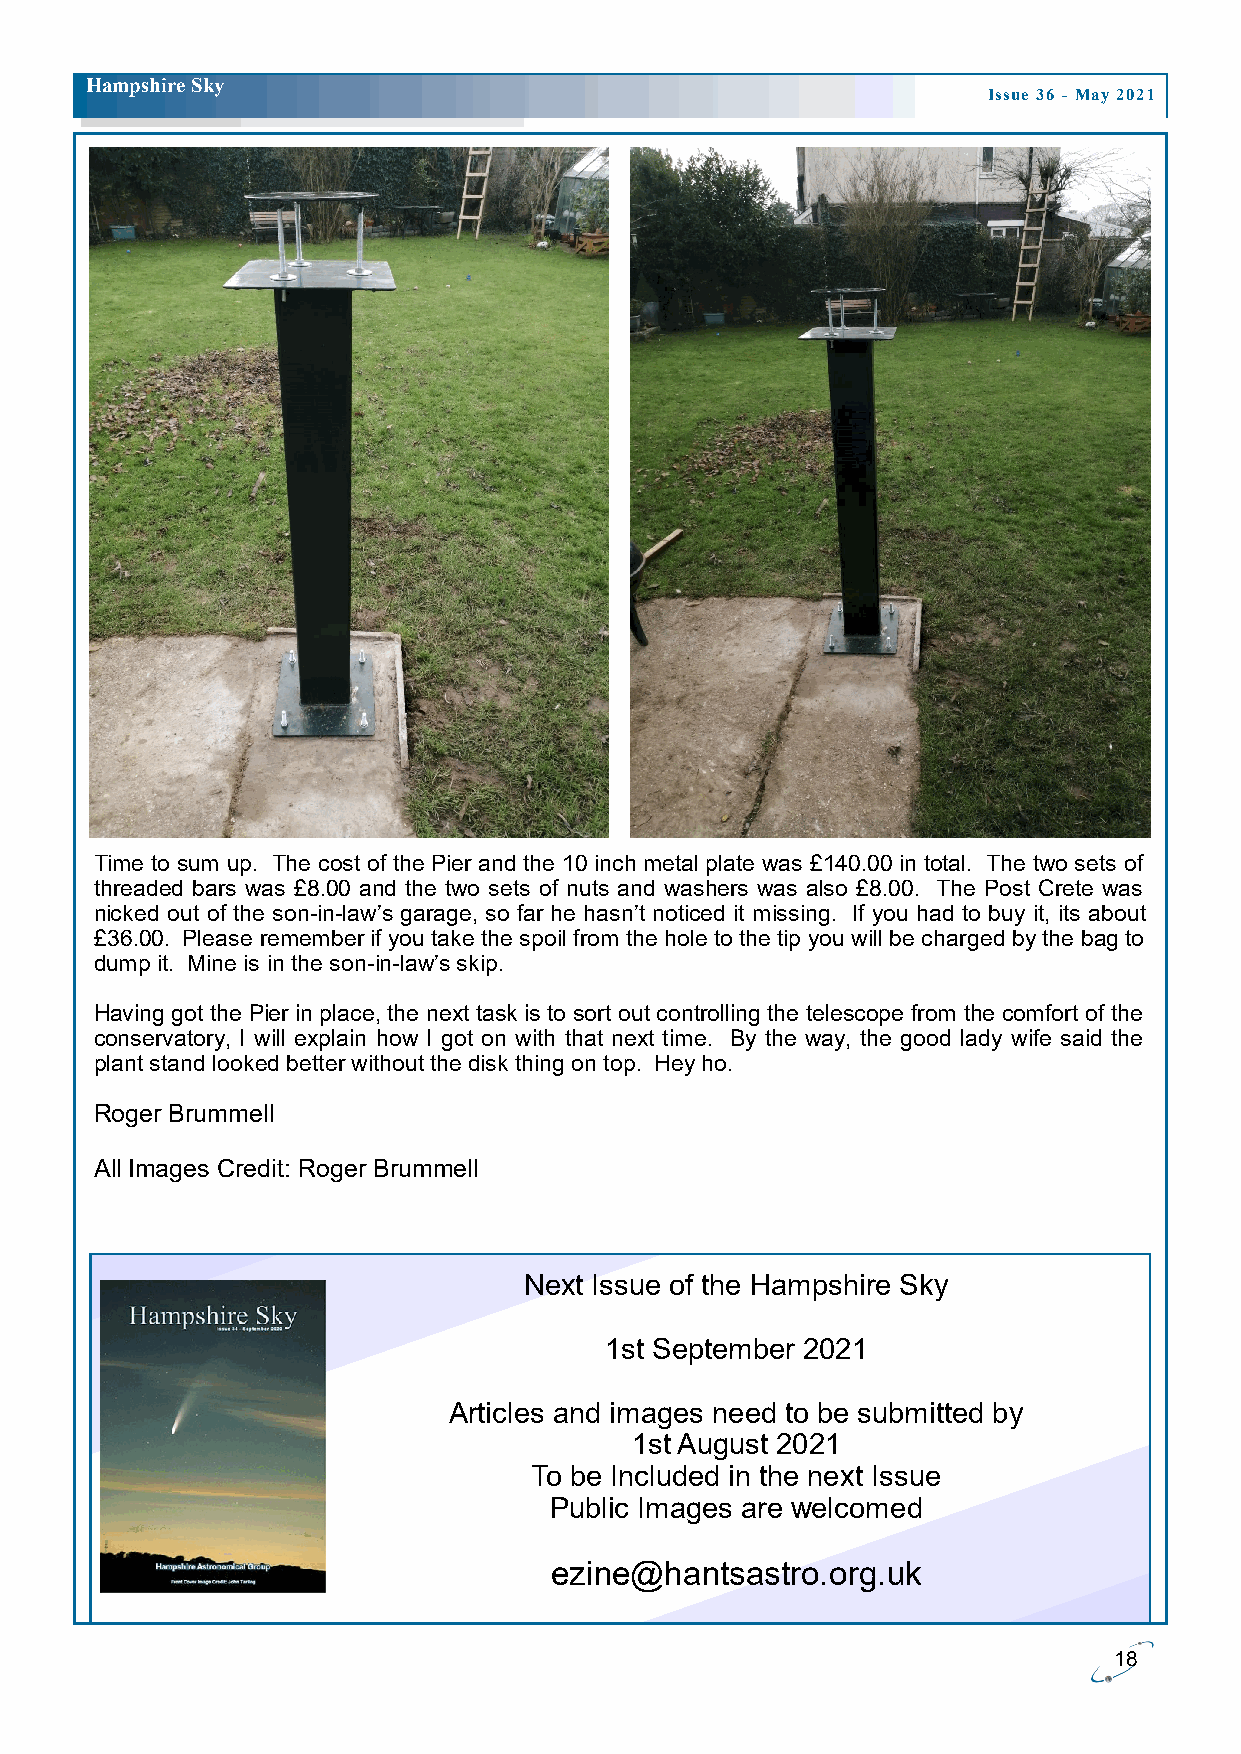
H ampshire Sky
 Issue 36 - May 2021
 Time to sum up. The cost of the Pier and the 10 inch metal plate was £140.00 in total. The two sets of
 threaded bars was £8.00 and the two sets of nuts and washers was also £8.00. The Post Crete was
 nicked out of the son-in-law’s garage, so far he hasn’t noticed it missing. If you had to buy it, its about
 £36.00. Please remember if you take the spoil from the hole to the tip you will be charged by the bag to
 dump it. Mine is in the son-in-law’s skip.
 Having got the Pier in place, the next task is to sort out controlling the telescope from the comfort of the
 conservatory, I will explain how I got on with that next time. By the way, the good lady wife said the
 plant stand looked better without the disk thing on top. Hey ho.
 Roger Brummell
 All Images Credit: Roger Brummell
 Next Issue of the Hampshire Sky
 1st September 2021
 Articles and images need to be submitted by
 1st August 2021
 To be Included in the next Issue
 Public Images are welcomed
 ezine@hantsastro.org.uk
 18